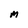
Character: M